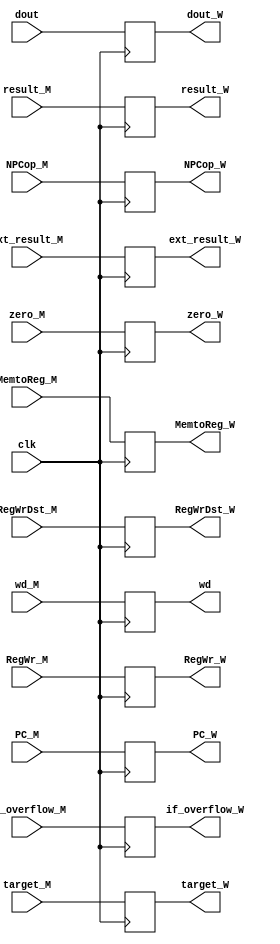
module MEM_WB(clk, ext_result_M, PC_M, RegWr_M, NPCop_M, zero_M, target_M, MemtoReg_M, result_M, dout, RegWrDst_M, wd_M, if_overflow_M, 
                   ext_result_W, PC_W, RegWr_W, NPCop_W, zero_W, target_W, MemtoReg_W, result_W, dout_W, RegWrDst_W, wd, if_overflow_W);
    
    input clk, RegWr_M, zero_M, MemtoReg_M, if_overflow_M;
    input [3: 0] NPCop_M;
    input [4: 0] RegWrDst_M;
    input [25: 0] target_M;
    input [31: 0] ext_result_M, PC_M, result_M, dout, wd_M;

    output reg RegWr_W, zero_W, MemtoReg_W, if_overflow_W;
    output reg[3: 0] NPCop_W;
    output reg[4: 0] RegWrDst_W;
    output reg[25: 0] target_W;
    output reg[31: 0] ext_result_W, PC_W, result_W, dout_W, wd;

    always @(posedge clk ) begin
        ext_result_W <= ext_result_M;
        RegWrDst_W <= RegWrDst_M;
        PC_W <= PC_M;
        RegWr_W <= RegWr_M;
        NPCop_W <= NPCop_M;
        zero_W <= zero_M;
        target_W <= target_M;
        MemtoReg_W <= MemtoReg_M;
        result_W <= result_M;
        dout_W <= dout;
        wd <= wd_M;
        if_overflow_W <= if_overflow_M;
    end
endmodule